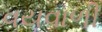
વયવાળી